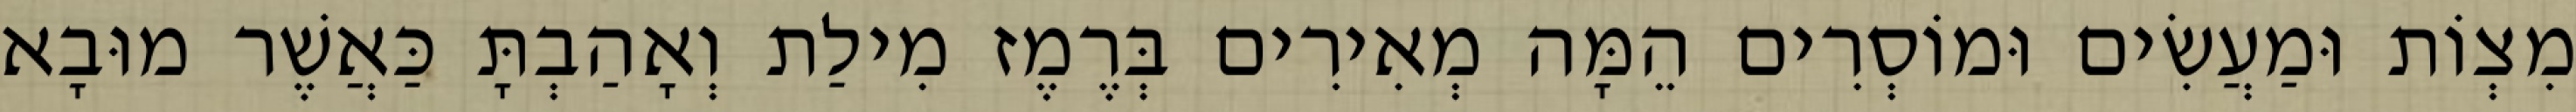
מִצְוֹת וּמַעֲשִׂים וּמוֹסְרִים הֵמָּה מְאִירִים בְּרֶמֶז מִילַת וְאָהַבְתָּ כַּאֲשֶׁר מוּבָא